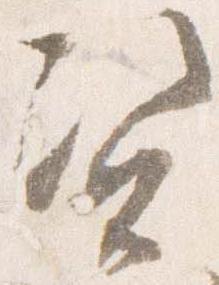
資